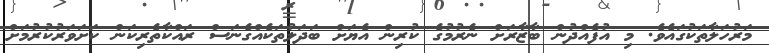
މަރުހަލާތަކުގައެވެ. މި އުފެއްދުން ބާޒާރަށް ނެރުމުގެ ކުރިން އެޔަށް ބަދަލުތަކެއްގެނަސް ރައްކާތެރިކަން ކަށަވަރުކުރުމަށް